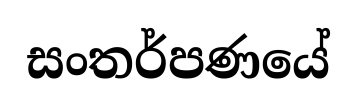
සංතර්පණයේ